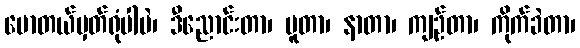
မောတယ်မှတ်ရုံပါပဲ၊ ဒီညောင်းတာ၊ ပူတာ၊ နာတာ၊ ကျဉ်တာ၊ ကိုက်ခဲတာ၊